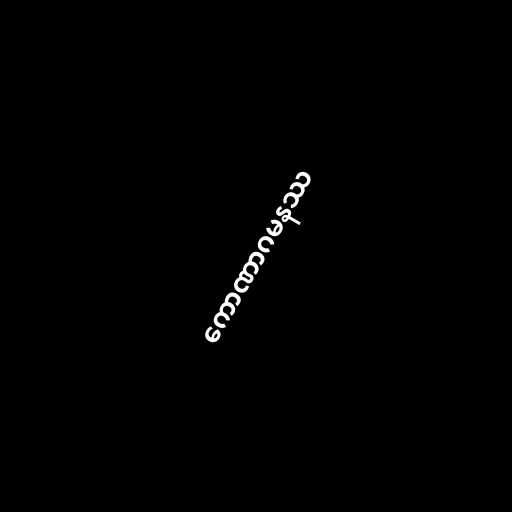
ကောဏာဂမနဿ